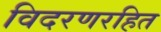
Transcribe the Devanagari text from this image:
विदरणरहित